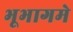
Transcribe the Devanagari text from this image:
भूभागमे